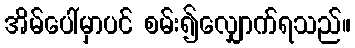
အိမ်ပေါ်မှာပင် စမ်း၍လျှောက်ရသည်။